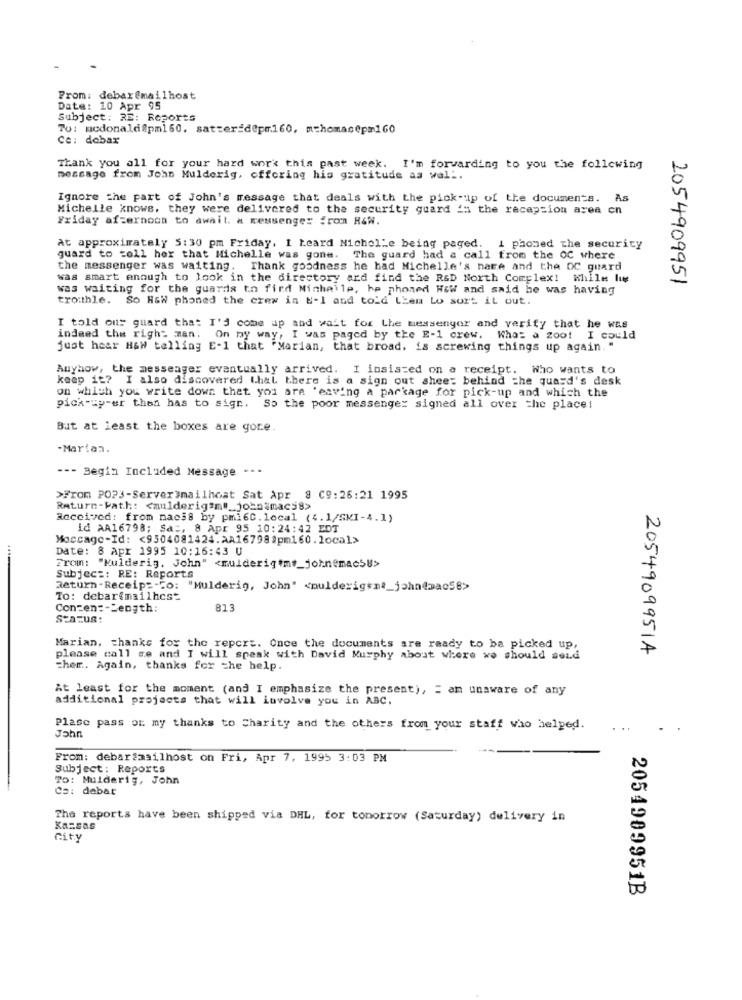
From: debar@mailhost
Date: 10 Apr 95
Subject: RE: Reports
Tu: mcdonald@pm160. satter=d@pm160, mthomasepm160
Ce: debar
Thank you all for your hard work this past week. I'm forwarding to you the following
message from John Mulderig, offering his gratitude as wal ..
Ignore the part of John's message that deals with the pick-up of the documents. As
Michelle knows, they were delivered to the security guard is the reception area en
Friday afternoon to await. a messenger from R&W.
At approximately 5:30 pm Friday, I heard Nichel'e being paged. i phomed the security
guard to toll hex that Michelle was gone. The guard had a call from the OC where
the messenger was waiting. Thank goodness he had Michelle's nate and the OC guard
was smart enough to look in the directory ard find the R&D North Complex! While lug
2054909951
was waiting for the guards to find Michelle, he phoned How and said he was having
trouthle. So HGW phoned the crew in b-I and told Lien Lo surt it out.
I told ous guard that I'd come up and wait for the messenger and verify that he was
indeed the right man. On my way, I was paged by the E-1 crew. What a zoo! I could
just hear HGW telling E-1 that "Marian, that broad, is screwing things up again. "
Anyhow, the messenger eventually arrived. I insisted on a receipt. Who wants to
keep it? I also discovered that there is a sign out shee: behind the quard's desk
on which you write down that you are 'eaving a package for pick-up and which the
pick-up-er then has to sign. So the poor messenger signed all over the place!
But at least the boxes are gore.
-Marian.
--- Begin Included Message --.
>From POP3-ServerImailhost Sat Apr @ C9:26:21 1995
Return-Path: < mulderigamt_johnimac58>
Received: from nac38 by pmi6C. local (4.1/SKI-4.1)
id AA16798; Sa :, 8 Apr 95 10:24:42 EDT
Moccage-Id: < 9504081424.AA167983pm160.local>
Date: 8 Apr 1995 10:16:43 U
From: "Kulderig, John" <muiderigtme_johnemacs8>
Subject: RE: Reports
Return-Receipt-To: "Mulderig, John" <mulderigsnt_john@mac58>
To: debar@mailhest
Conzen: - Length:
813
Szazus:
Marian, thanks for the report. Once the documents are ready to ba picked up,
2054909951A
please call me and I will speak with David Murphy about where we should send
cher. Again, thanks for the help.
At least for the moment (and I emphasize the present), = am unaware of any
additional projects that will involve you in ABC.
Plase pass on my thanks to Charity and the others from your staff who helped.
. .
John
From: debar&mailhost on Fri, Apr 7, 1995 3:03 PM
Subject: Reports
To: Mulderig, John
Ca: debat
The reports have been shipped via DHL, for tomorrow (Saturday) delivery in
Kansas
City
2054909951B